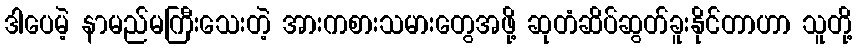
ဒါပေမဲ့ နာမည်မကြီးသေးတဲ့ အားကစားသမားတွေအဖို့ ဆုတံဆိပ်ဆွတ်ခူးနိုင်တာဟာ သူတို့